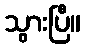
သွားပြီ။